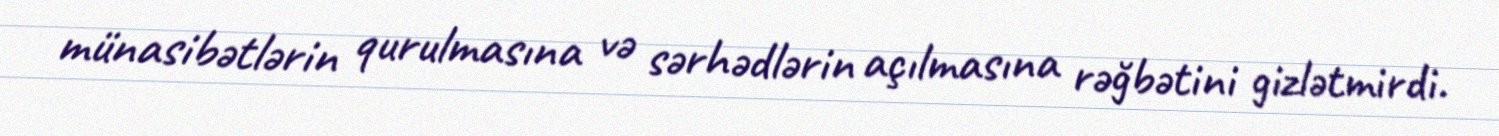
münasibətlərin qurulmasına və sərhədlərin açılmasına rəğbətini gizlətmirdi.